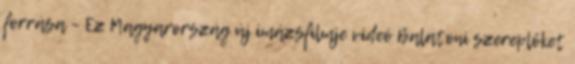
forrása – Ez Magyarország új imázsfilmje videó Balatoni szereplőket